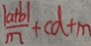
\frac { \vert a + b \vert } { m } + c d + m